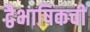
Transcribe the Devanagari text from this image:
द्वैभाषिकची